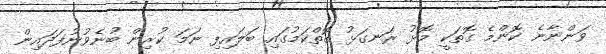
ވަންނާނެ ކޮންމެ ގޮތަކީ މޮޅު ރަނގަޅު ގޮތްކަމުގައި ބަލައިފި ނަމަ ކުރިން ބުނެވުނުފަދައިން